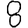
Digit: 8